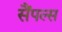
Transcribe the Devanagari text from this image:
सैंपल्स